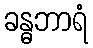
ခန္ဓဘာရံ